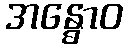
အန္ဓောဝ